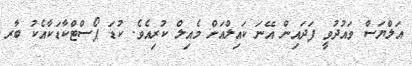
އަލްޔަސް ވައުދުވީ ފަދައިން އޭނަ ކައިލްއަށް މެއިލް ކުރިއެވެ. ކުޑަ ޕޯސްޓްކާޑަކާއެކު ބާރ